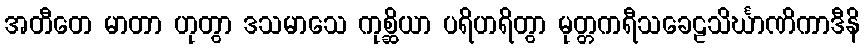
အတီတေ မာတာ ဟုတွာ ဒသမာသေ ကုစ္ဆိယာ ပရိဟရိတွာ မုတ္တကရီသခေဠသိင်္ဃာဏိကာဒီနိ